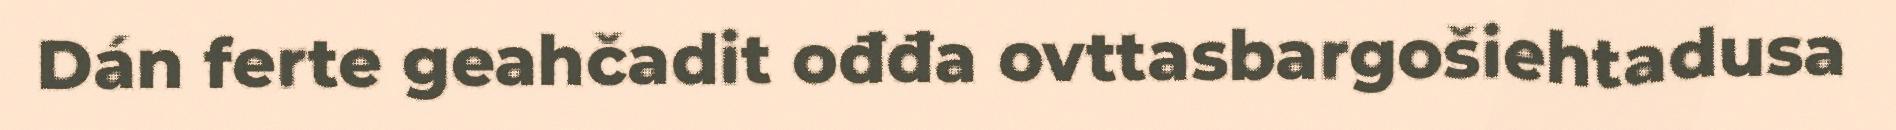
Dán ferte geahčadit ođđa ovttasbargošiehtadusa